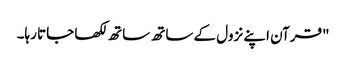
"قرآن اپنے نزول کے ساتھ ساتھ لکھا جاتا رہا۔